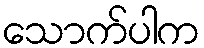
သောက်ပါက